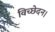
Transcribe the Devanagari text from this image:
विच्छेदन।